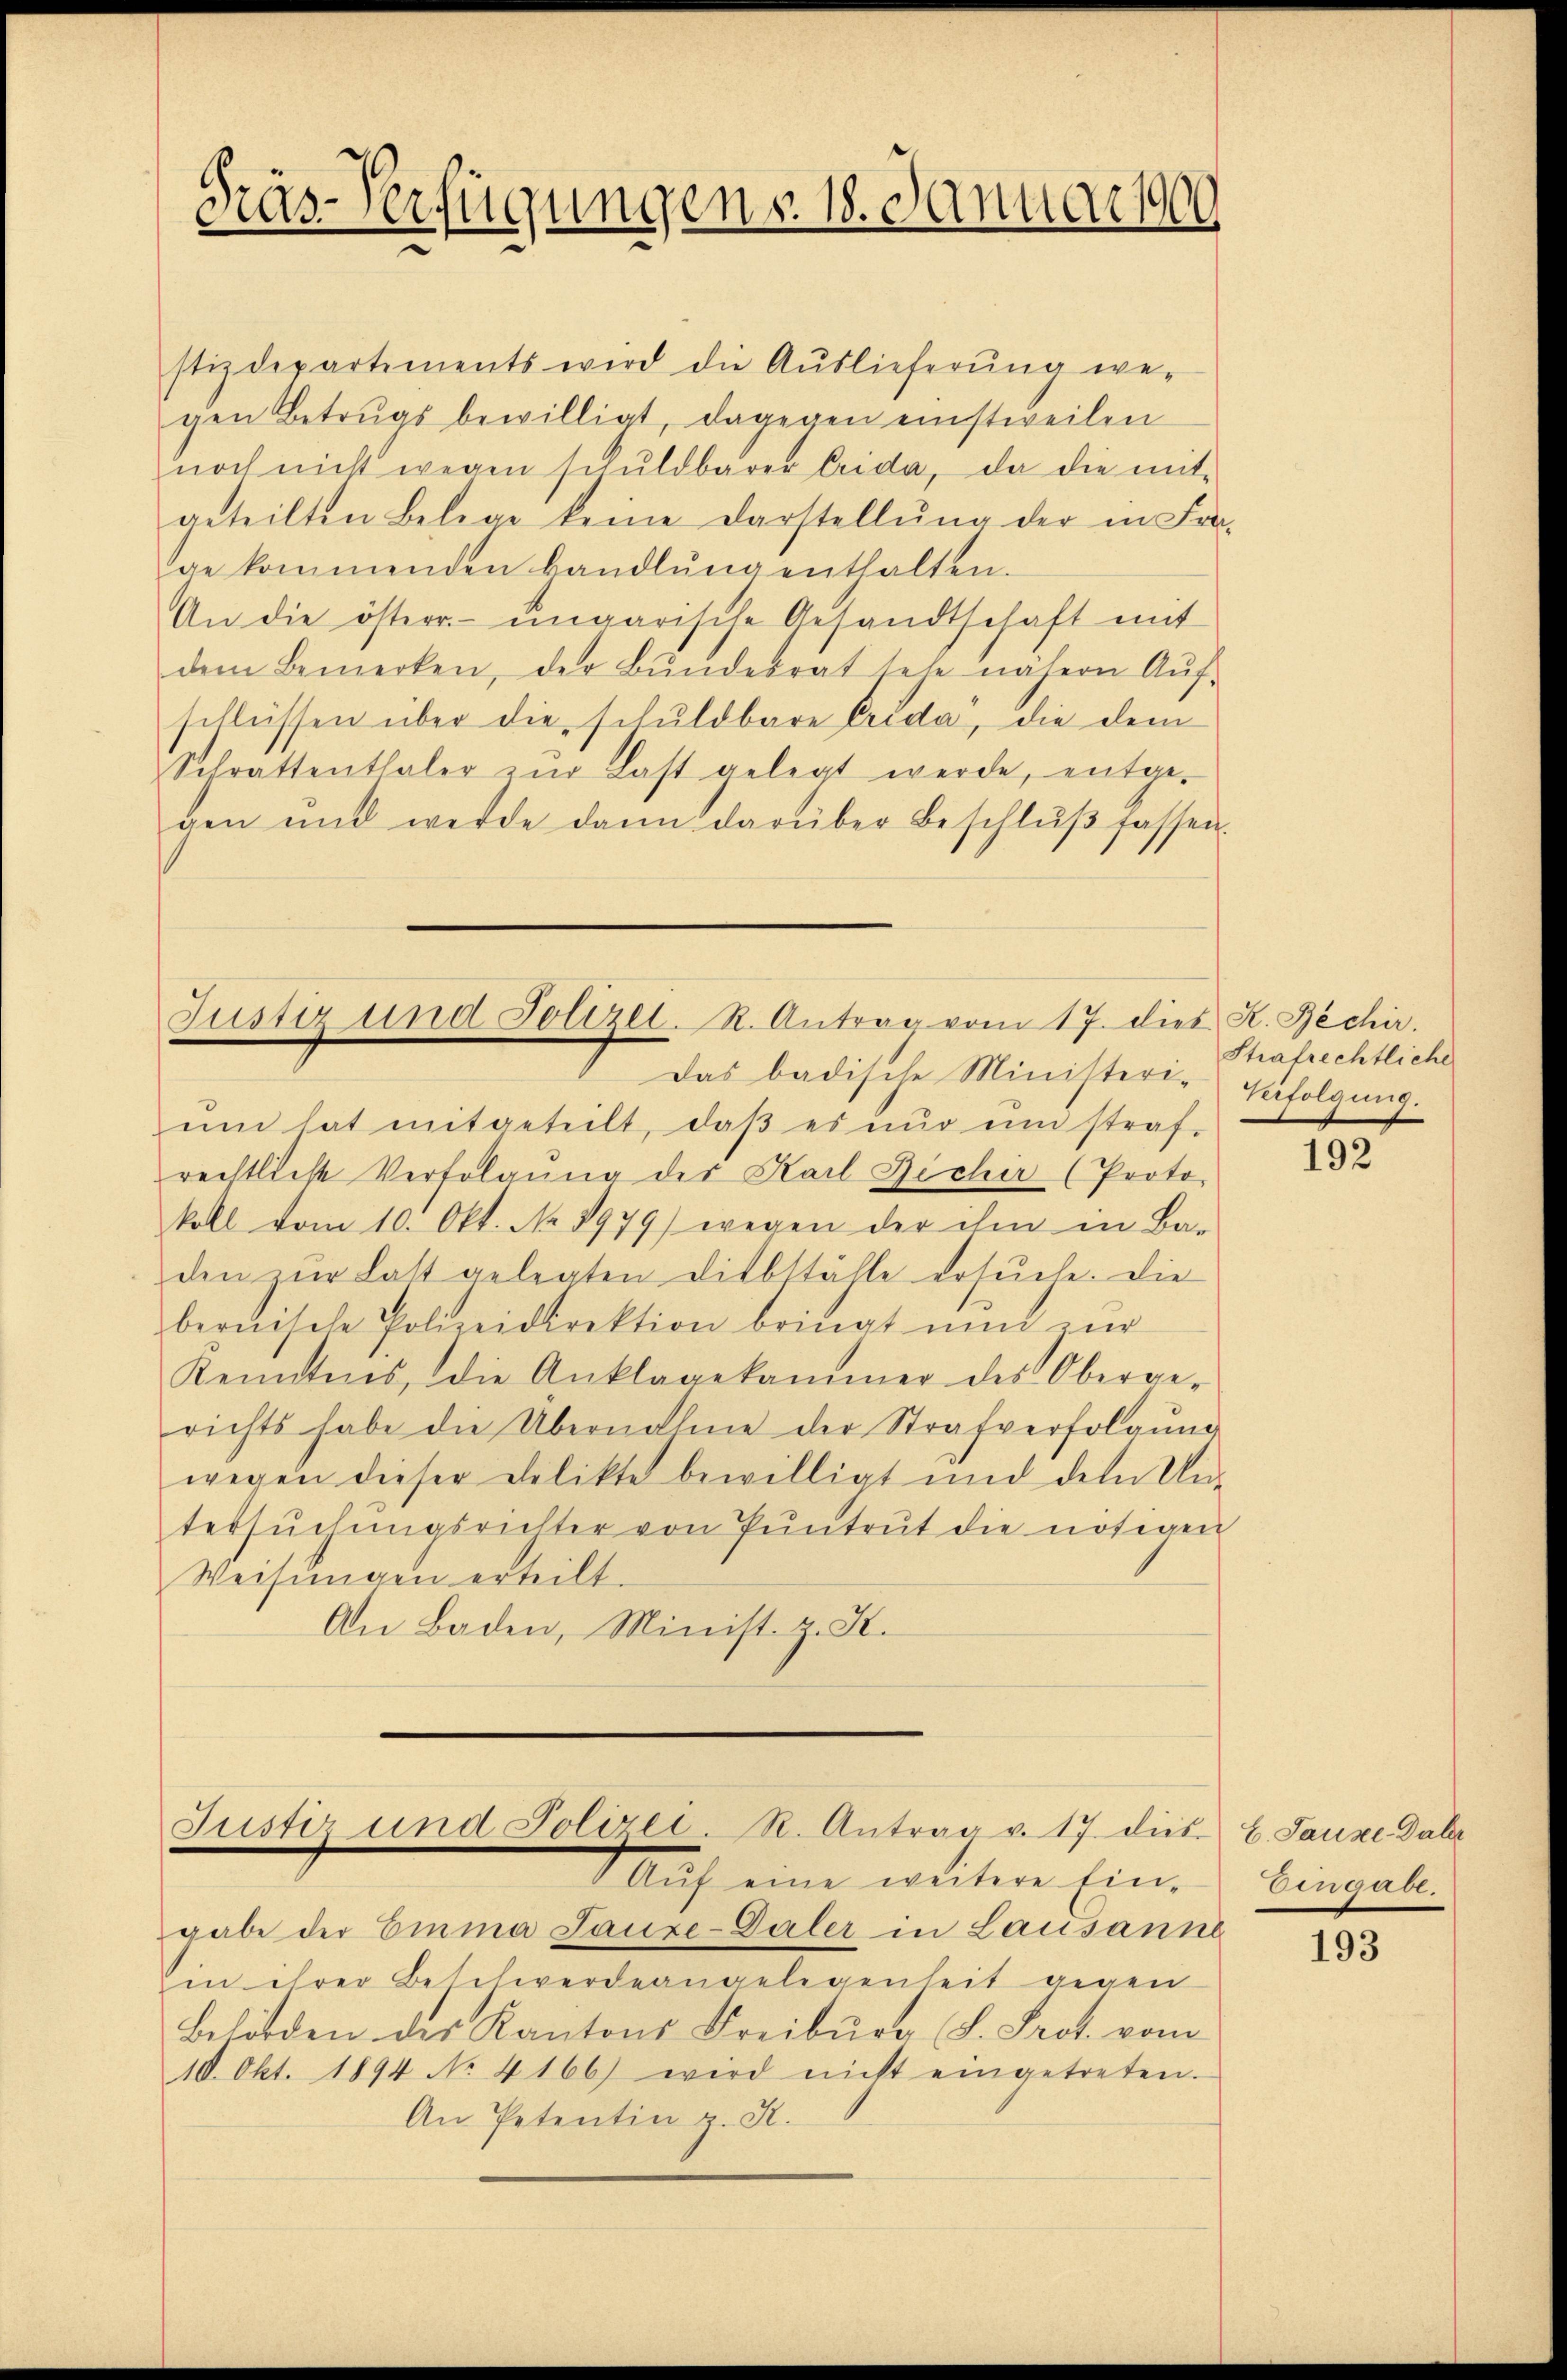
Gräs-Verfügungen § 18. Januar 1900

stizdepartements wird die Auslieferung we-
gen Betrugs bewilligt, dagegen einstweilen
noch nicht wegen schŭldbarer Crida, da die mit-
geteilten Belege keine Darstellŭng der in Fra-
ae kommenden Handlŭng enthalten.
An die österr. ungarische Gesandtschaft mit
dem Bemerken, der Bŭndesrat sehe nähern Aŭf-
schlüssen über die schuldbare Erida, die dem
Schrattenthaler zŭr Last gelegt werde, entge-
gen und werde dann darüber beschlŭβ fassen.

Justiz und Polizei. R. Antrag vom 17. die K. Bechir.

Das badische Minister-Verfolgung
ŭm hat mitgeteilt, daβ es nŭr ŭm straf-
rechtliche Verfolgŭng der Karl Bicher (Proto-
koll vom 10. Okt. No. 1979) wegen der ihm in Ba-
den zŭr Last gelegten Diebställe ersŭche. Die
bernische Polizeidirektion bringt nun zŭr
Kenntnis, die Anklagekammer des Oberge-
richts habe die Übernahme der Strafverfolgŭng
wegen dieser Delikte bewilligt und dem Un-
tersŭchŭngsrichter von Pŭntrŭt die nötigen
Weisungen erteilt.
An Baden, Minist. Z. K.

Justiz und Polizei-R. Antrag v. 17. dies
Aŭf eine weitere Ein-

gabe der Emma Sauxe-Galer in Lausanne
in ihrer Beschwerdeangelegenheit gegen
Behörden des Kantons Freiburg (S. Prot. vom
10. Okt. 1894 No 4166) wird nicht eingetreten.
An Petentin z. R.

Strafrechtliche

192

C. Sause. Daher
Eingabe.

193